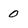
Character: 0